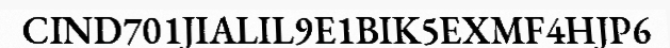
CIND701JIALIL9E1BIK5EXMF4HJP6